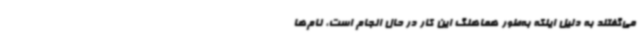
می‌گفتند به دلیل اینکه به‌طور هماهنگ این کار در حال انجام است، نام‌ها